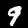
Digit: 9